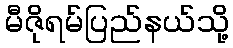
မီဇိုရမ်ပြည်နယ်သို့